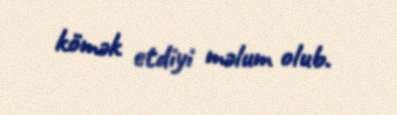
kömək etdiyi məlum olub.